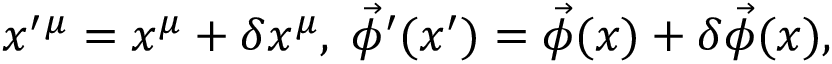
x ^ { \prime } { } ^ { \mu } = x ^ { \mu } + \delta x ^ { \mu } , \; \vec { \phi } ^ { \prime } ( x ^ { \prime } ) = \vec { \phi } ( x ) + \delta \vec { \phi } ( x ) ,